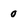
Character: 0